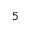
^ { 5 }